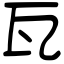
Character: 瓦